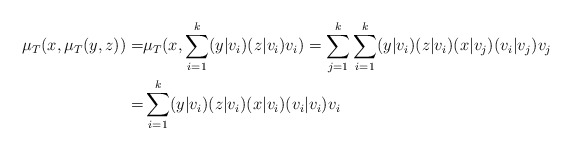
\begin{align*}\mu_T(x,\mu_T(y,z))=& \mu_T(x,\sum_{i=1}^k (y|v_i)(z|v_i)v_i)= \sum_{j=1}^k \sum_{i=1}^k (y|v_i)(z|v_i)(x|v_j)(v_i|v_j)v_j \\=& \sum_{i=1}^k (y|v_i)(z|v_i)(x|v_i)(v_i|v_i)v_i \end{align*}